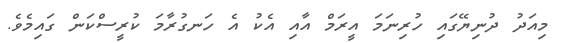
މިއަދު ދުނިޔޭގައި ހުރިނަމަ އީރަމް އާއި އެކު އެ ހަނގުރާމަ ކުރީސްކަން ގައިމެވެ.